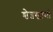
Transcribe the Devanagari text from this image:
श्वेतस्वामी